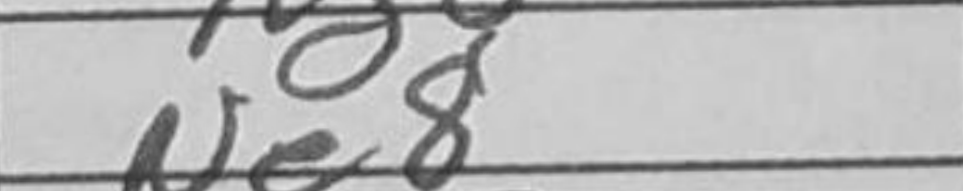
Transcription: Ne8